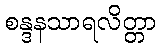
စန္ဒနသာရလိတ္တာ